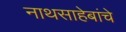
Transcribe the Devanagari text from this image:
नाथसाहेबांचे